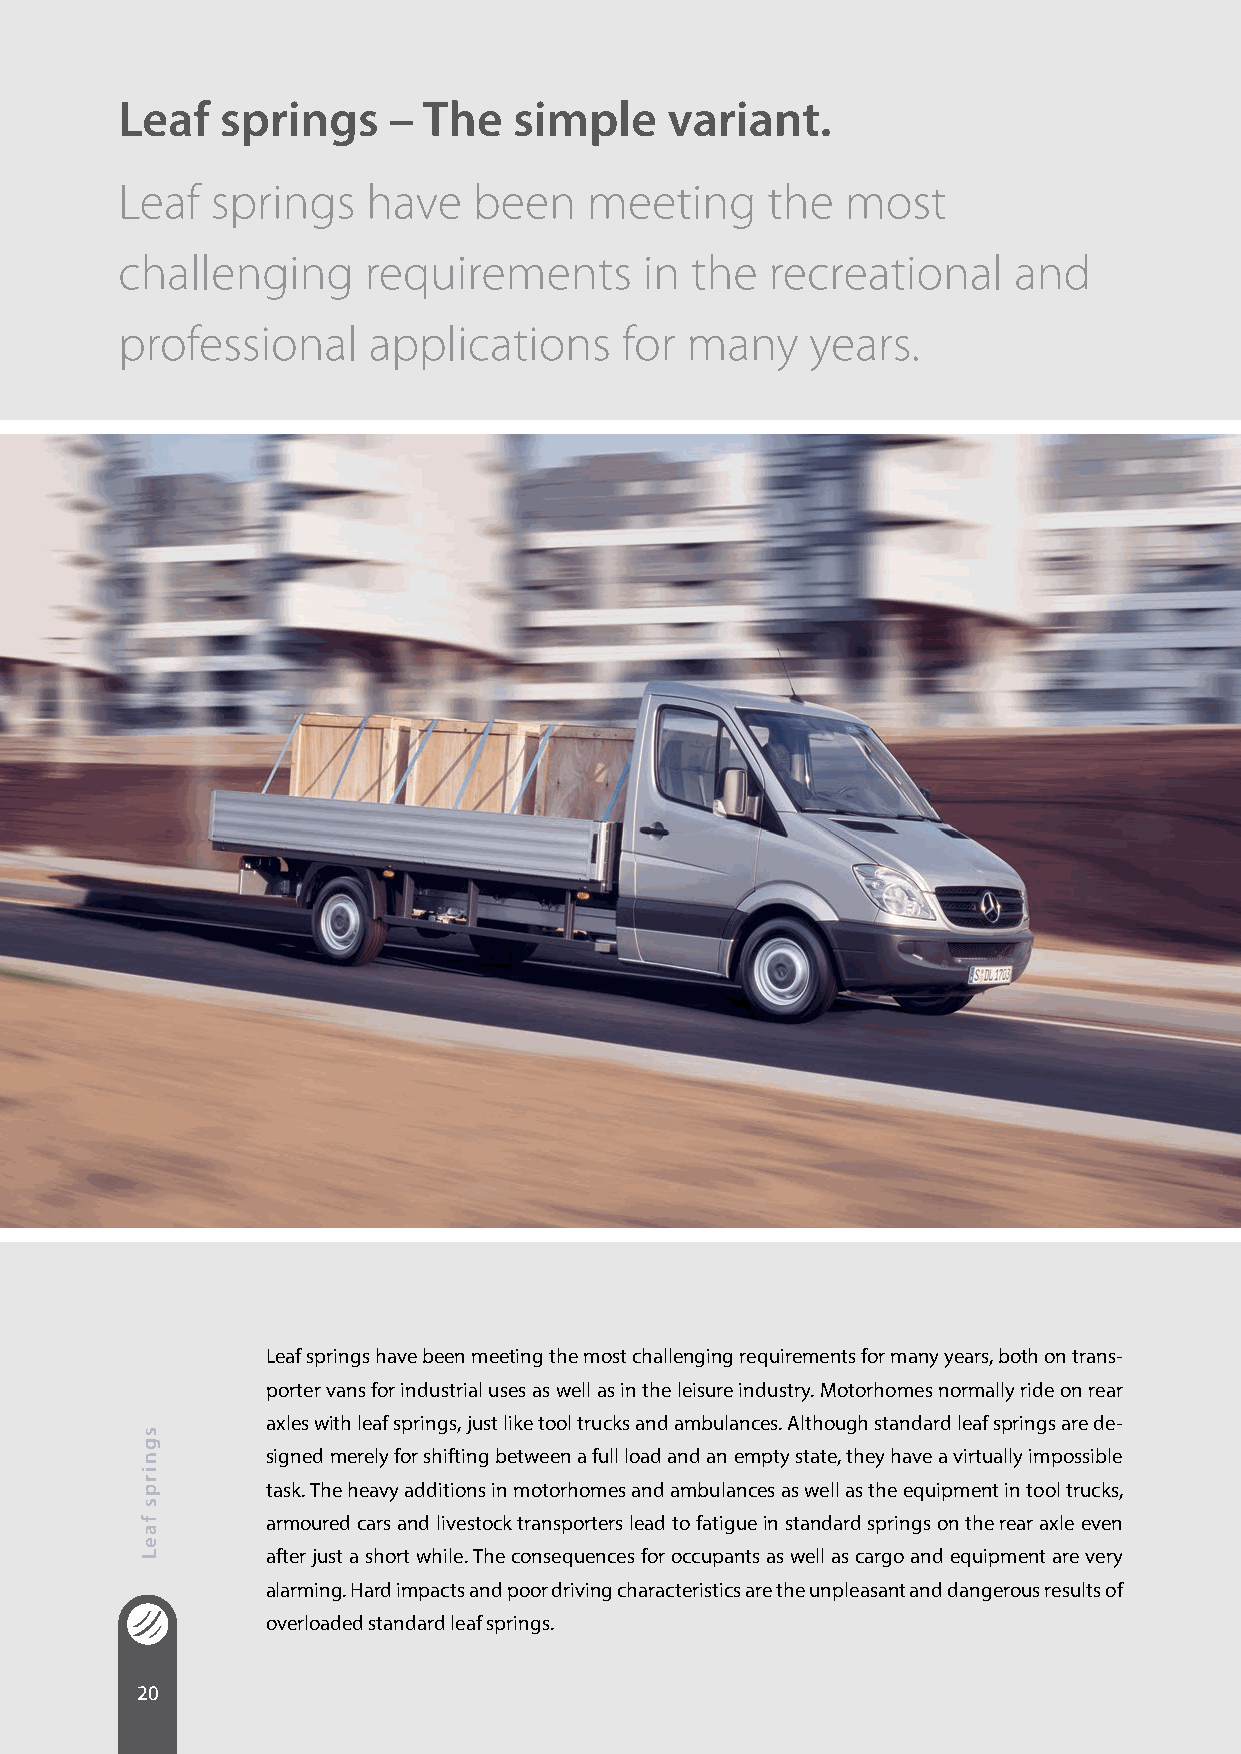
Leaf   springs    – The   simple    variant.
 Leaf  springs   have   been    meeting     the  most
 challenging     requirements       in the  recreational    and
 professional    applications     for many     years.
 Leaf springs have been meeting the most challenging requirements for many years, both on trans-
 porter vans for industrial uses as well as in the leisure industry. Motorhomes normally ride on rear
 axles with leaf springs, just like tool trucks and ambulances. Although standard leaf springs are de-
 signed merely for shifting between a full load and an empty state, they have a virtually impossible
 task. The heavy additions in motorhomes and ambulances as well as the equipment in tool trucks,
 armoured cars and livestock transporters lead to fatigue in standard springs on the rear axle even
 after just a short while. The consequences for occupants as well as cargo and equipment are very
 alarming. Hard impacts and poor driving characteristics are the unpleasant and dangerous results of
 overloaded standard leaf springs.
 20
 sgnirps
 faeL